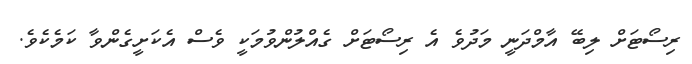
ރިސޯޓަށް ލިބޭ އާމްދަނީ މަދުވެ އެ ރިސޯޓަށް ގެއްލުންވުމަކީ ވެސް އެކަށީގެންވާ ކަމެކެވެ.